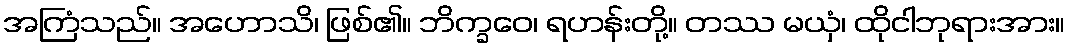
အကြံသည်။ အဟောသိ၊ ဖြစ်၏။ ဘိက္ခဝေ၊ ရဟန်းတို့။ တဿ မယှံ၊ ထိုငါဘုရားအား။